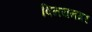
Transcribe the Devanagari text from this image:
विनयनगर